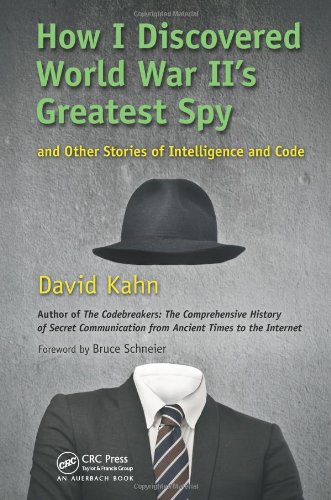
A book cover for How I Discovered World War II's Greatest Spy and Other Stories of Intelligence and Code; David Kahn; Computers & Technology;